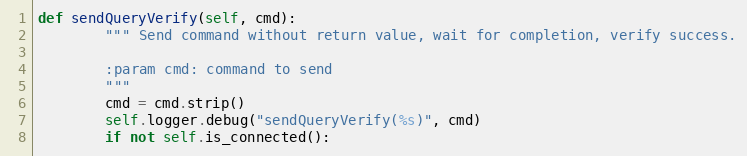
Language: Python
def sendQueryVerify(self, cmd):
        """ Send command without return value, wait for completion, verify success.

        :param cmd: command to send
        """
        cmd = cmd.strip()
        self.logger.debug("sendQueryVerify(%s)", cmd)
        if not self.is_connected():